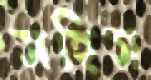
সহিস